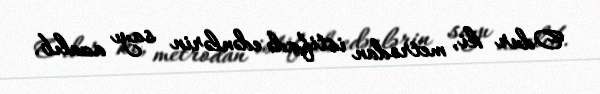
Odur ki, metrodan istifadə edənlərin sayı azalıb.